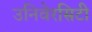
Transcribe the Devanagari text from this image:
उनिवेरसिटी